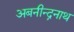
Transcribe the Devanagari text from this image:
अबनीन्द्ननाथ